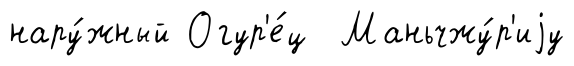
нару́жный Огур'е́ц Маньчжу́р'иjу